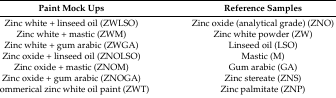
<table><thead><tr><td><b>Paint Mock Ups</b></td><td><b>Reference Samples</b></td></tr></thead><tbody><tr><td>Zinc white + linseed oil (ZWLSO)</td><td>Zinc oxide (analytical grade) (ZNO)</td></tr><tr><td>Zinc white + mastic (ZWM)</td><td>Zinc white powder (ZW)</td></tr><tr><td>Zinc white + gum arabic (ZWGA)</td><td>Linseed oil (LSO)</td></tr><tr><td>Zinc oxide + linseed oil (ZNOLSO)</td><td>Mastic (M)</td></tr><tr><td>Zinc oxide + mastic (ZNOM)</td><td>Gum arabic (GA)</td></tr><tr><td>Zinc oxide + gum arabic (ZNOGA)</td><td>Zinc stereate (ZNS)</td></tr><tr><td>Commerical zinc white oil paint (ZWT)</td><td>Zinc palmitate (ZNP)</td></tr></tbody></table>